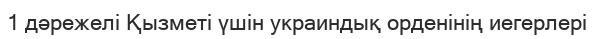
1 дәрежелі Қызметі үшін украиндық орденінің иегерлері